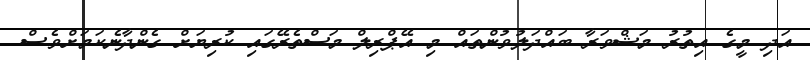
އަދި މީގެ އިތުރު މަޝްވަރާ ބައްދަލުވުންތައް މި އޭޕްރިލް މަސްތެރޭގައި ކުރިޔަށް ގެންދާނެކަމަށްވެސް